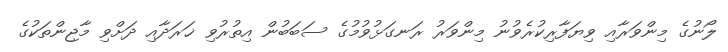
ލޯނުގެ މިންވަރާއި ވިޔަފާރިކުރެވުނު މިންވަރު ރަނގަޅުވުމުގެ ސަބަބުން އިތުރުވި ޚަރަދާއި ދަށްވި މާޖިންތަކުގެ